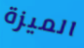
الميزة